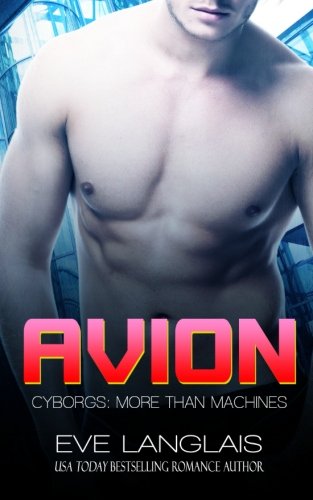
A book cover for Avion (Cyborgs: More Than Machines) (Volume 7); Eve Langlais; Science Fiction & Fantasy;